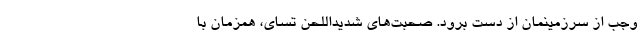
وجب از سرزمینمان از دست برود. صحبت‌های شدیداللحن تسای، همزمان با